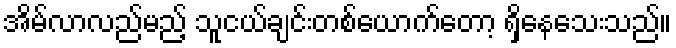
အိမ်လာလည်မည့် သူငယ်ချင်းတစ်ယောက်တော့ ရှိနေသေးသည်။